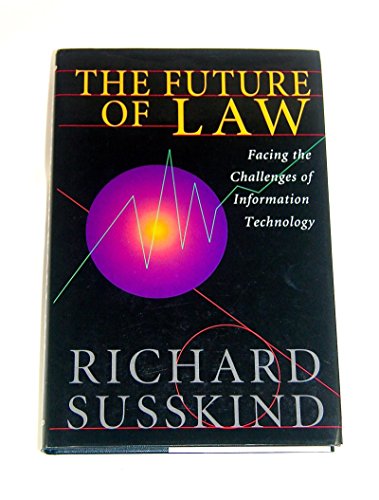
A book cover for The Future of Law: Facing the Challenges of Information Technology; Richard E. Susskind; Law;